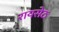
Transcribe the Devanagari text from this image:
रायसेठ